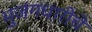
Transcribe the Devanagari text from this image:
भुजंगधारीचे